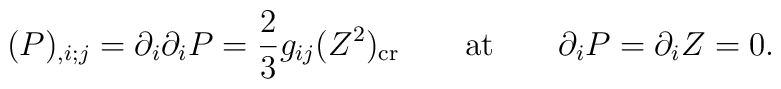
(P) _{,i; j}= \partial_i  \partial_i P = {2\over 3} g_{ij} (Z^2)_{\rm cr}\qquad {\rm at} \qquad \partial_i P= \partial_i Z  =0.